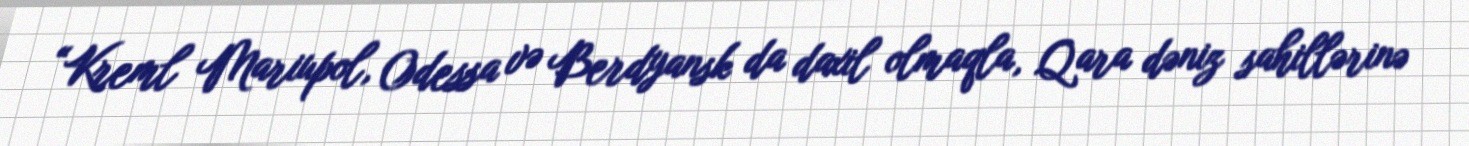
“Kreml Mariupol, Odessa və Berdyansk da daxil olmaqla, Qara dəniz sahillərinə